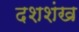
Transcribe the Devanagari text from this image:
दशशंख